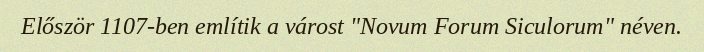
Először 1107-ben említik a várost "Novum Forum Siculorum" néven.